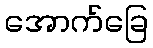
အောက်ခြေ